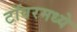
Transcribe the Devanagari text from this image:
टॉवरमध्ये